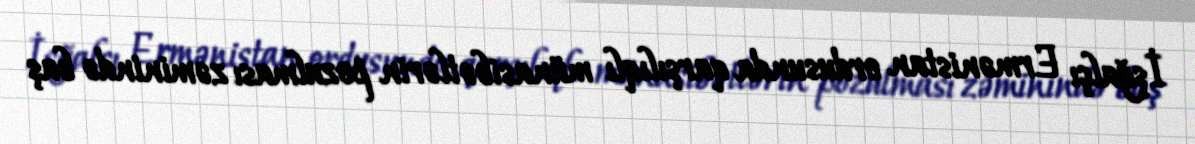
İşğalçı Ermənistan ordusunda qarşılıqlı münasibətlərin pozulması zəminində baş